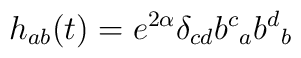
h_{ab}(t) =e^{2\alpha} \delta_{cd}{b^c}_a{b^d}_b